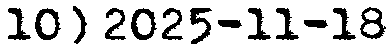
10) 2025-11-18